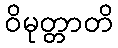
ဝိမုတ္တာတိ